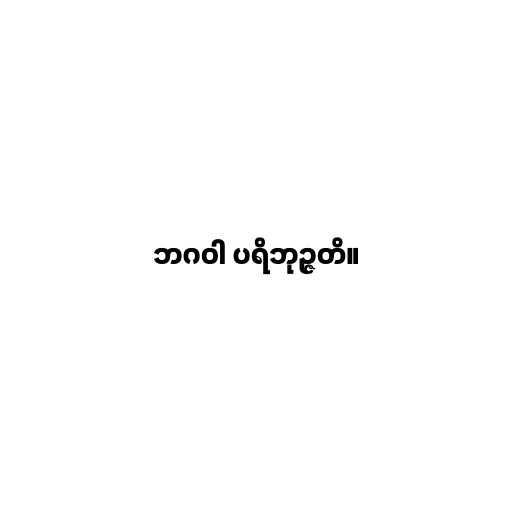
ဘဂဝါ ပရိဘုဉ္ဇတိ။